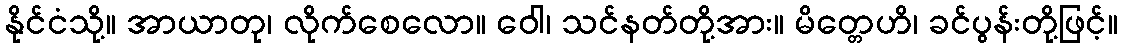
နိုင်ငံသို့။ အာယာတု၊ လိုက်စေလော။ ဝေါ၊ သင်နတ်တို့အား။ မိတ္တေဟိ၊ ခင်ပွန်းတို့ဖြင့်။